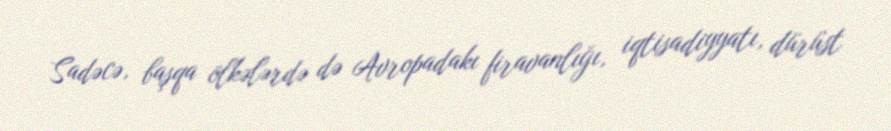
Sadəcə, başqa ölkələrdə də Avropadakı firavanlığı, iqtisadiyyatı, dürüst